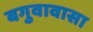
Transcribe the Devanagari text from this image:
बगुवावासा